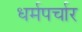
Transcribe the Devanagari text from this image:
धर्मपर्चार